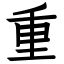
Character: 重